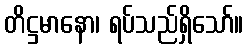
တိဋ္ဌမာနော၊ ရပ်သည်ရှိသော်။